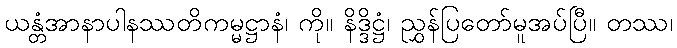
ယန္တံအာနာပါနဿတိကမ္မဋ္ဌာနံ၊ ကို။ နိဒ္ဒိဋ္ဌံ၊ ညွှန်ပြတော်မူအပ်ပြီ။ တဿ၊